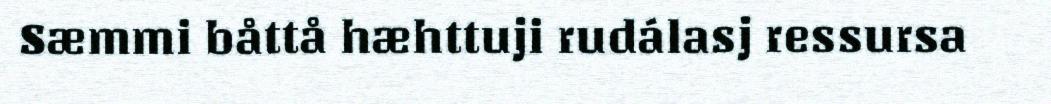
Sæmmi båttå hæhttuji rudálasj ressursa